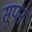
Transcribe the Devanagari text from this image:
सूपन